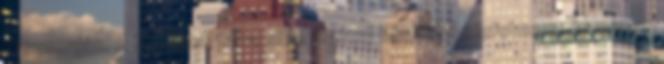
megvonják. A Sziddhártába sikerül jóval később belefutnom, és onnan